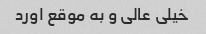
خیلی عالی و به موقع اورد